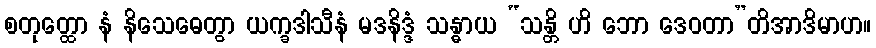
စတုတ္ထော နံ နိသေဓေတွာ ယက္ခဒါသီနံ မဒနိဒ္ဒံ သန္ဓာယ “သန္တိ ဟိ ဘော ဒေဝတာ”တိအာဒိမာဟ။